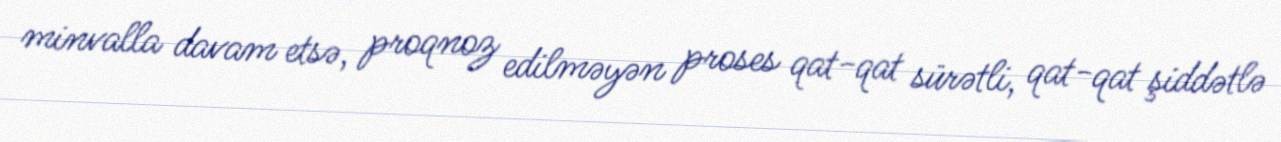
minvalla davam etsə, proqnoz edilməyən proses qat-qat sürətli, qat-qat şiddətlə